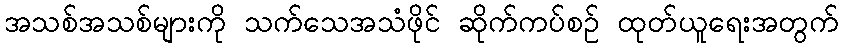
အသစ်အသစ်များကို သက်သေအသံဖိုင် ဆိုက်ကပ်စဉ် ထုတ်ယူရေးအတွက်